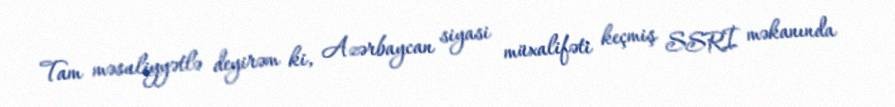
Tam məsuliyyətlə deyirəm ki, Azərbaycan siyasi müxalifəti keçmiş SSRİ məkanında